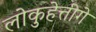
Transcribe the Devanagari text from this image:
लोकुहेत्तीगे